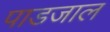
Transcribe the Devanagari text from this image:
पाडजाल